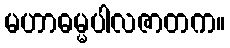
မဟာဓမ္မပါလဇာတက။